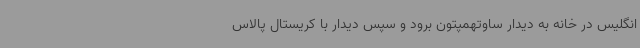
انگلیس در خانه به دیدار ساوتهمپتون برود و سپس دیدار با کریستال پالاس